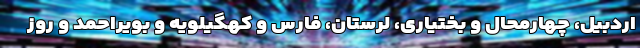
اردبیل، چهارمحال و بختیاری، لرستان، فارس و کهگیلویه و بویراحمد و روز